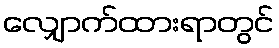
လျှောက်ထားရာတွင်